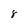
Character: 8